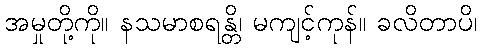
အမှုတို့ကို။ နသမာစရန္တိ၊ မကျင့်ကုန်။ ခလိတာပိ၊